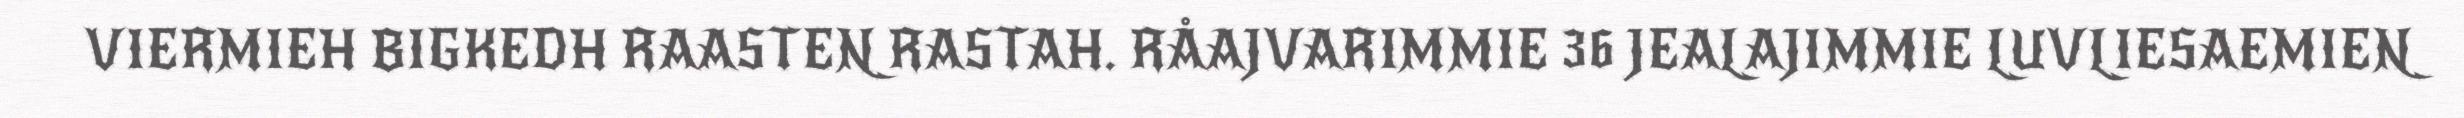
VIERMIEH BIGKEDH RAASTEN RASTAH. RÅAJVARIMMIE 36 JEALAJIMMIE LUVLIESAEMIEN